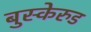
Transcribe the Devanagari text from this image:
बुस्केरुड